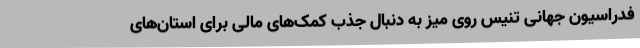
فدراسیون جهانی تنیس روی میز به دنبال جذب کمک‌های مالی برای استان‌های